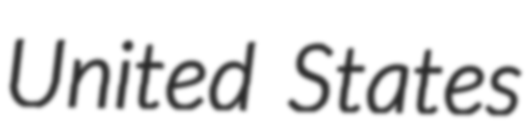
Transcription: United States